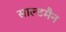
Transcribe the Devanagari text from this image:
साल्टमैन